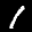
Label: 1